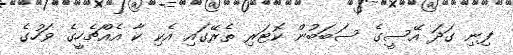
ފިނި ގަދަ އޭސީގެ ސަބަބުން ކޮޓަރި ތެރޭގައި އެކި ކާ އެއްޗެހީގެ ވަހުގެ